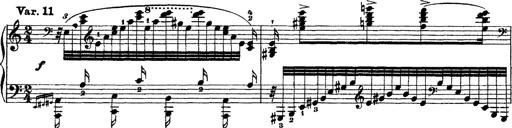
Title: Grandes Ã©tudes de Paganini
Composer: Franz Liszt